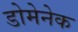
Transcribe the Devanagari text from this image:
डोमेनेक